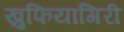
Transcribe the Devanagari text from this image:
खुफियागिरी